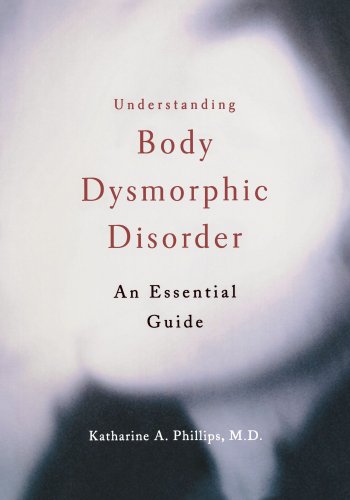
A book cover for Understanding Body Dysmorphic Disorder; Katharine A. Phillips; Health, Fitness & Dieting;